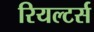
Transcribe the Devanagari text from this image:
रियल्टर्स